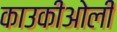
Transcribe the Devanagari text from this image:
काउकीओली